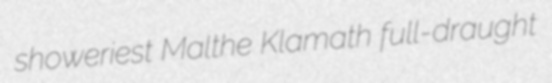
showeriest Malthe Klamath full-draught